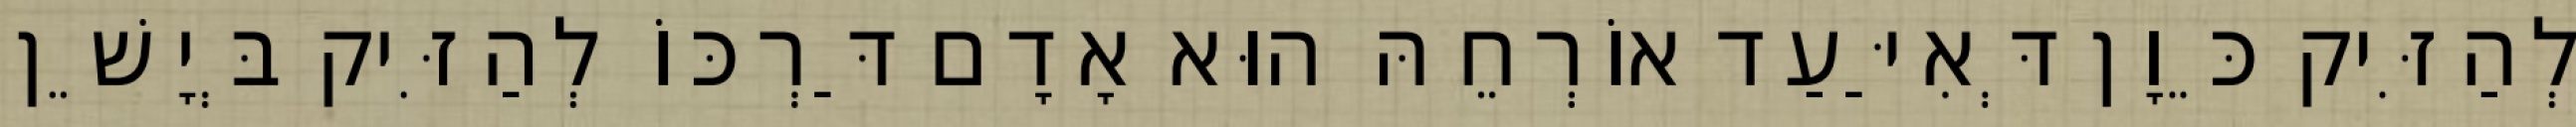
לְהַזִּיק כֵּוָן דְּאִיַּעַד אוֹרְחֵהּ הוּא אָדָם דַּרְכּוֹ לְהַזִּיק בְּיָשֵׁן